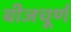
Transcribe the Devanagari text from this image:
बीजचूर्ण